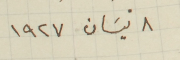
٨ نيسَان ١٩٢٧